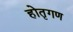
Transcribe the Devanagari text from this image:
होतृगण